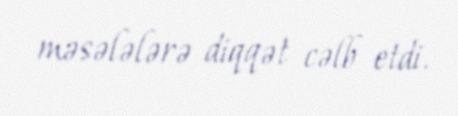
məsələlərə diqqət cəlb etdi.